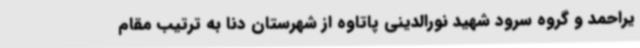
یراحمد و گروه سرود شهید نورالدینی پاتاوه از شهرستان دنا به ترتیب مقام